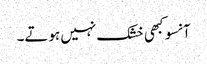
آنسو کبھی خشک نہیں ہوتے۔